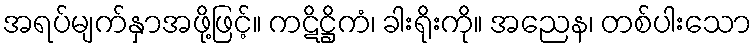
အရပ်မျက်နှာအဖို့ဖြင့်။ ကဋိဋ္ဌိကံ၊ ခါးရိုးကို။ အညေန၊ တစ်ပါးသော